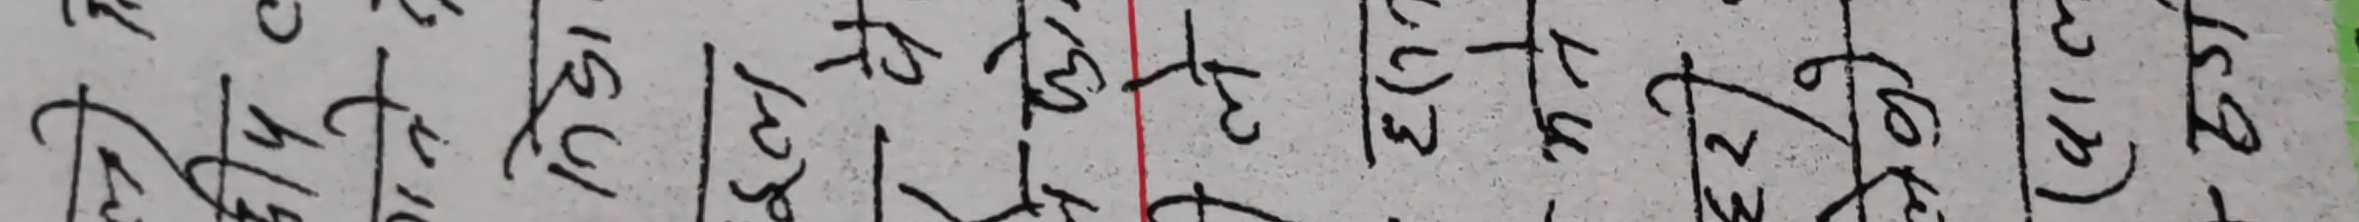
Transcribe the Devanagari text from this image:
१४ १५ १६ १७ १८ १९ २०